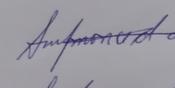
Signature authenticity: genuine